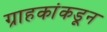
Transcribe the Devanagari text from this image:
ग्राहकांकडून